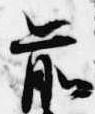
前